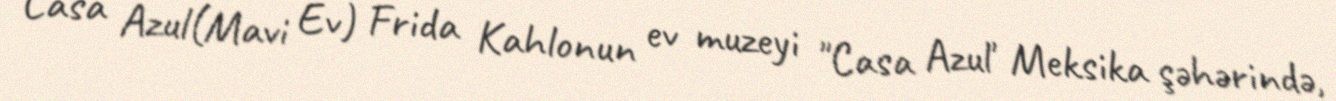
Casa Azul(Mavi Ev) Frida Kahlonun ev muzeyi "Casa Azul' Meksika şəhərində,